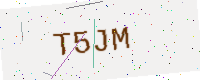
Text: T5JM